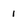
Character: 1